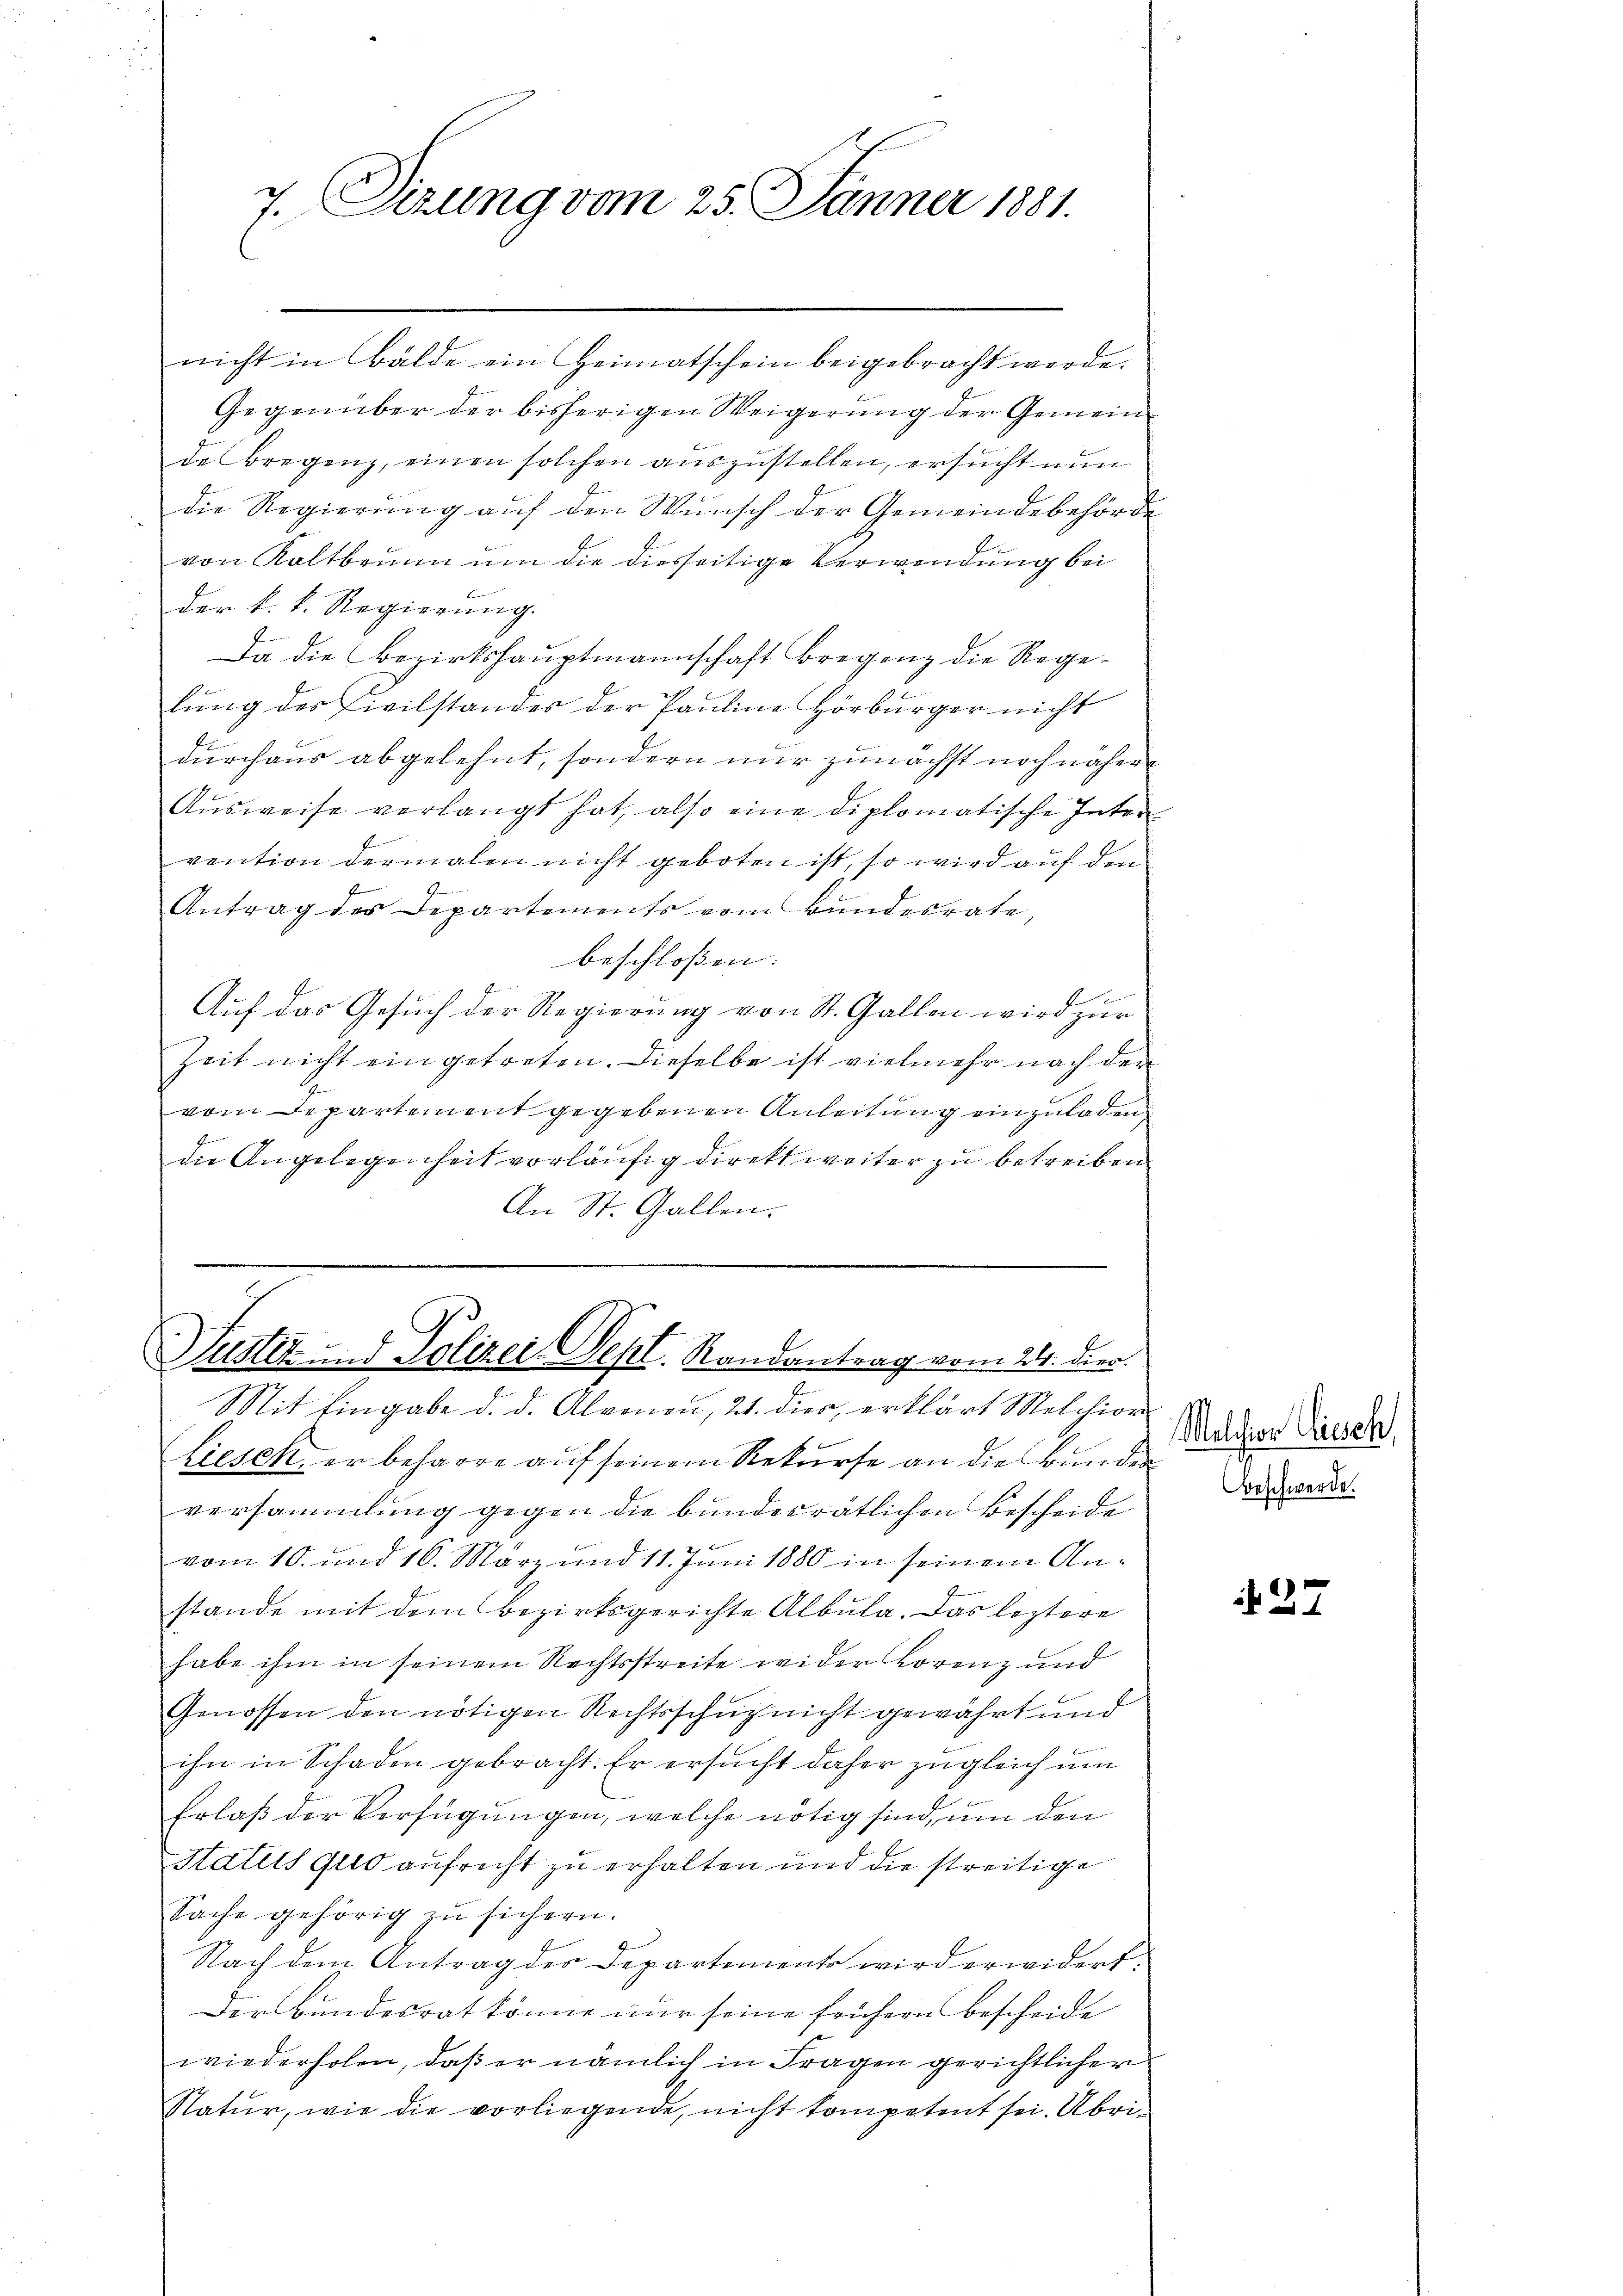
7. Sizung vom 25. Jänner 1881.

nicht in Bälde ein Heimatschein beigebracht werde.
Gegenüber der bisherigen Weigerung der Gemeinde Bregenz, einen solchen auszustellen, ersucht nun
die Regierung auf den Wunsch der Gemeindebehörd
von Kaltbrunn um die diesseitige Verwendung bei
der k. k. Regierung.
Da die Bezirkshauptmannschaft Bregenz die Regelung der Civilstandes der Pauline Hörbürger nicht
durchaus abgelehnt, sondern nur zunächst noch näher
Aŭsweise verlangt hat, also eine diplomatische Inter-
vention dermalen nicht geboten ist, so wird auf den
Antrag der Departements vom Bŭndesrate,
beschloßen:
t
Auf das Gesuch der Regierung von St. Gallen wird zur
Zeit nicht eingetreten. Dieselbe ist vielmehr nach der
vom Departement gegebenen Anleitung einzuladen
die Angelegenheit vorläufig direkt weiter zu betreiben.
An St. Gallen.

Liesen, er beharre auf seinem Rekurse an die Bunden
versammlung gegen die bundesrätlichen Bescheide
vom 10. und 16. März und 11. Juni 1880 in seinem Anstande mit dem Bezirksgerichte Albula. Das leztere
habe ihm in seinem Rechtsstreite wider Lorenz und
Genossen den nötigen Rechtsschutz nicht gewährt und
ihn in Schaden gebracht. Er ersucht daher zugleich um
Erlaß der Verfügungen, welche nötig sind, um den
Statuts Geld aufrecht zu erhalten und die streitige
Sache gehörig zu sichern.
Nach dem Antrag der Departements wird erwidert.
Der Bundesrat könne nur seine frühern bescheide
wiederholen, daß er nämlich in Fragen gerichtlicher
Natur, wie die vorliegende, nicht kompetent sei. Übri¬

Justiz und Polizei Sept. Randantrag vom 24. dies
Mit Eingabe d. d. Alvonen, 21. dies, erklärt Melchior

Melchior Tisch
Beschwerde.

427